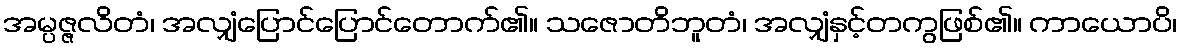
အမ္ပဇ္ဇလိတံ၊ အလျှံပြောင်ပြောင်တောက်၏။ သဇောတိဘူတံ၊ အလျှံနှင့်တကွဖြစ်၏။ ကာယောပိ၊